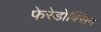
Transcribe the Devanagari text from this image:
फेरेडोक्सिन